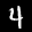
Label: 4